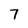
Character: 7